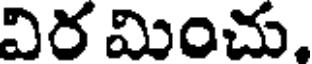
విర మించు,